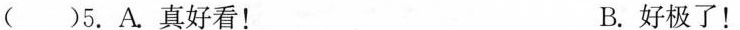
()5.A真好看！ B.好极了！